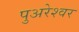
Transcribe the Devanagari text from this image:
पुअरेश्वर